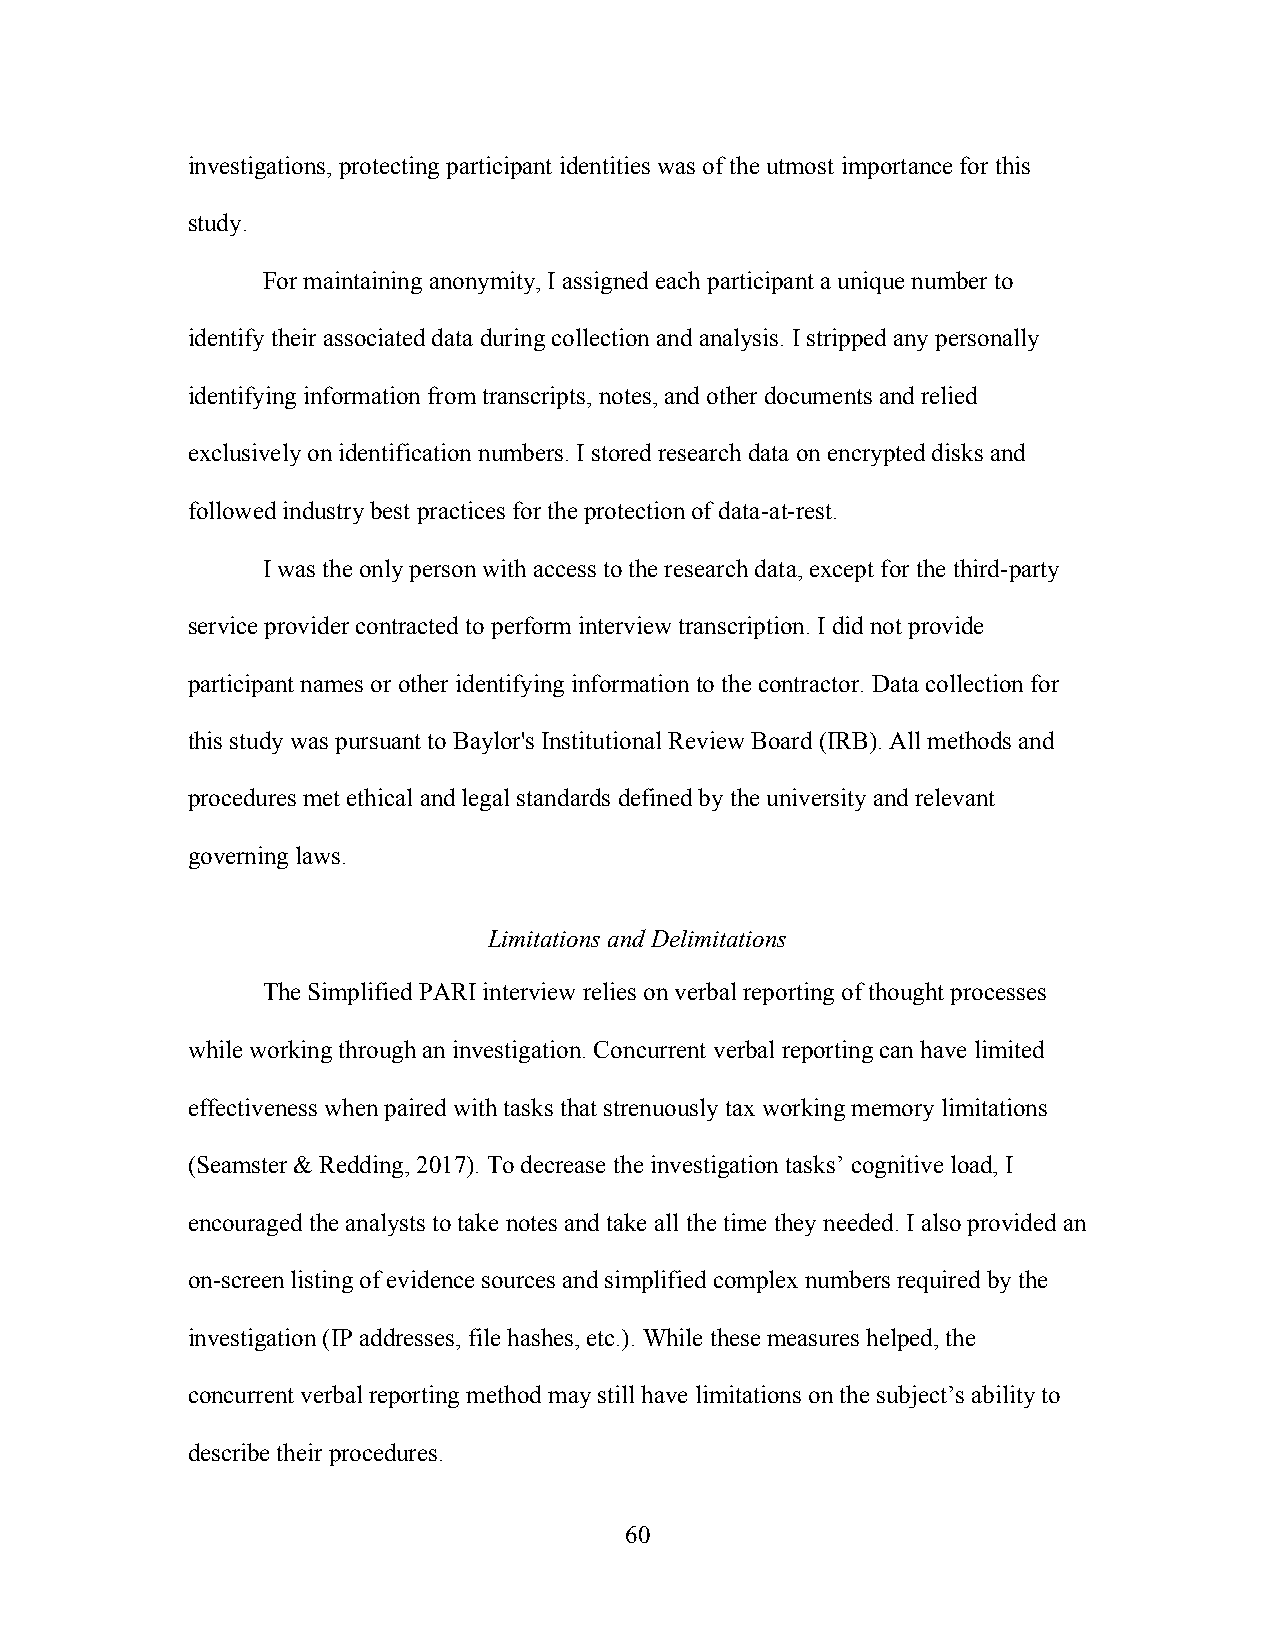
investigations, protecting participant identities was of the utmost importance for this
 study.
 For maintaining anonymity, I assigned each participant a unique number to
 identify their associated data during collection and analysis. I stripped any personally
 identifying information from transcripts, notes, and other documents and relied
 exclusively on identification numbers. I stored research data on encrypted disks and
 followed industry best practices for the protection of data-at-rest.
 I was the only person with access to the research data, except for the third-party
 service provider contracted to perform interview transcription. I did not provide
 participant names or other identifying information to the contractor. Data collection for
 this study was pursuant to Baylor's Institutional Review Board (IRB). All methods and
 procedures met ethical and legal standards defined by the university and relevant
 governing laws.
 Limitations and Delimitations
 The Simplified PARI interview relies on verbal reporting of thought processes
 while working through an investigation. Concurrent verbal reporting can have limited
 effectiveness when paired with tasks that strenuously tax working memory limitations
 (Seamster & Redding, 2017). To decrease the investigation tasks’ cognitive load, I
 encouraged the analysts to take notes and take all the time they needed. I also provided an
 on-screen listing of evidence sources and simplified complex numbers required by the
 investigation (IP addresses, file hashes, etc.). While these measures helped, the
 concurrent verbal reporting method may still have limitations on the subject’s ability to
 describe their procedures.
 60